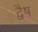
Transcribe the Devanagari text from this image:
द्वैष